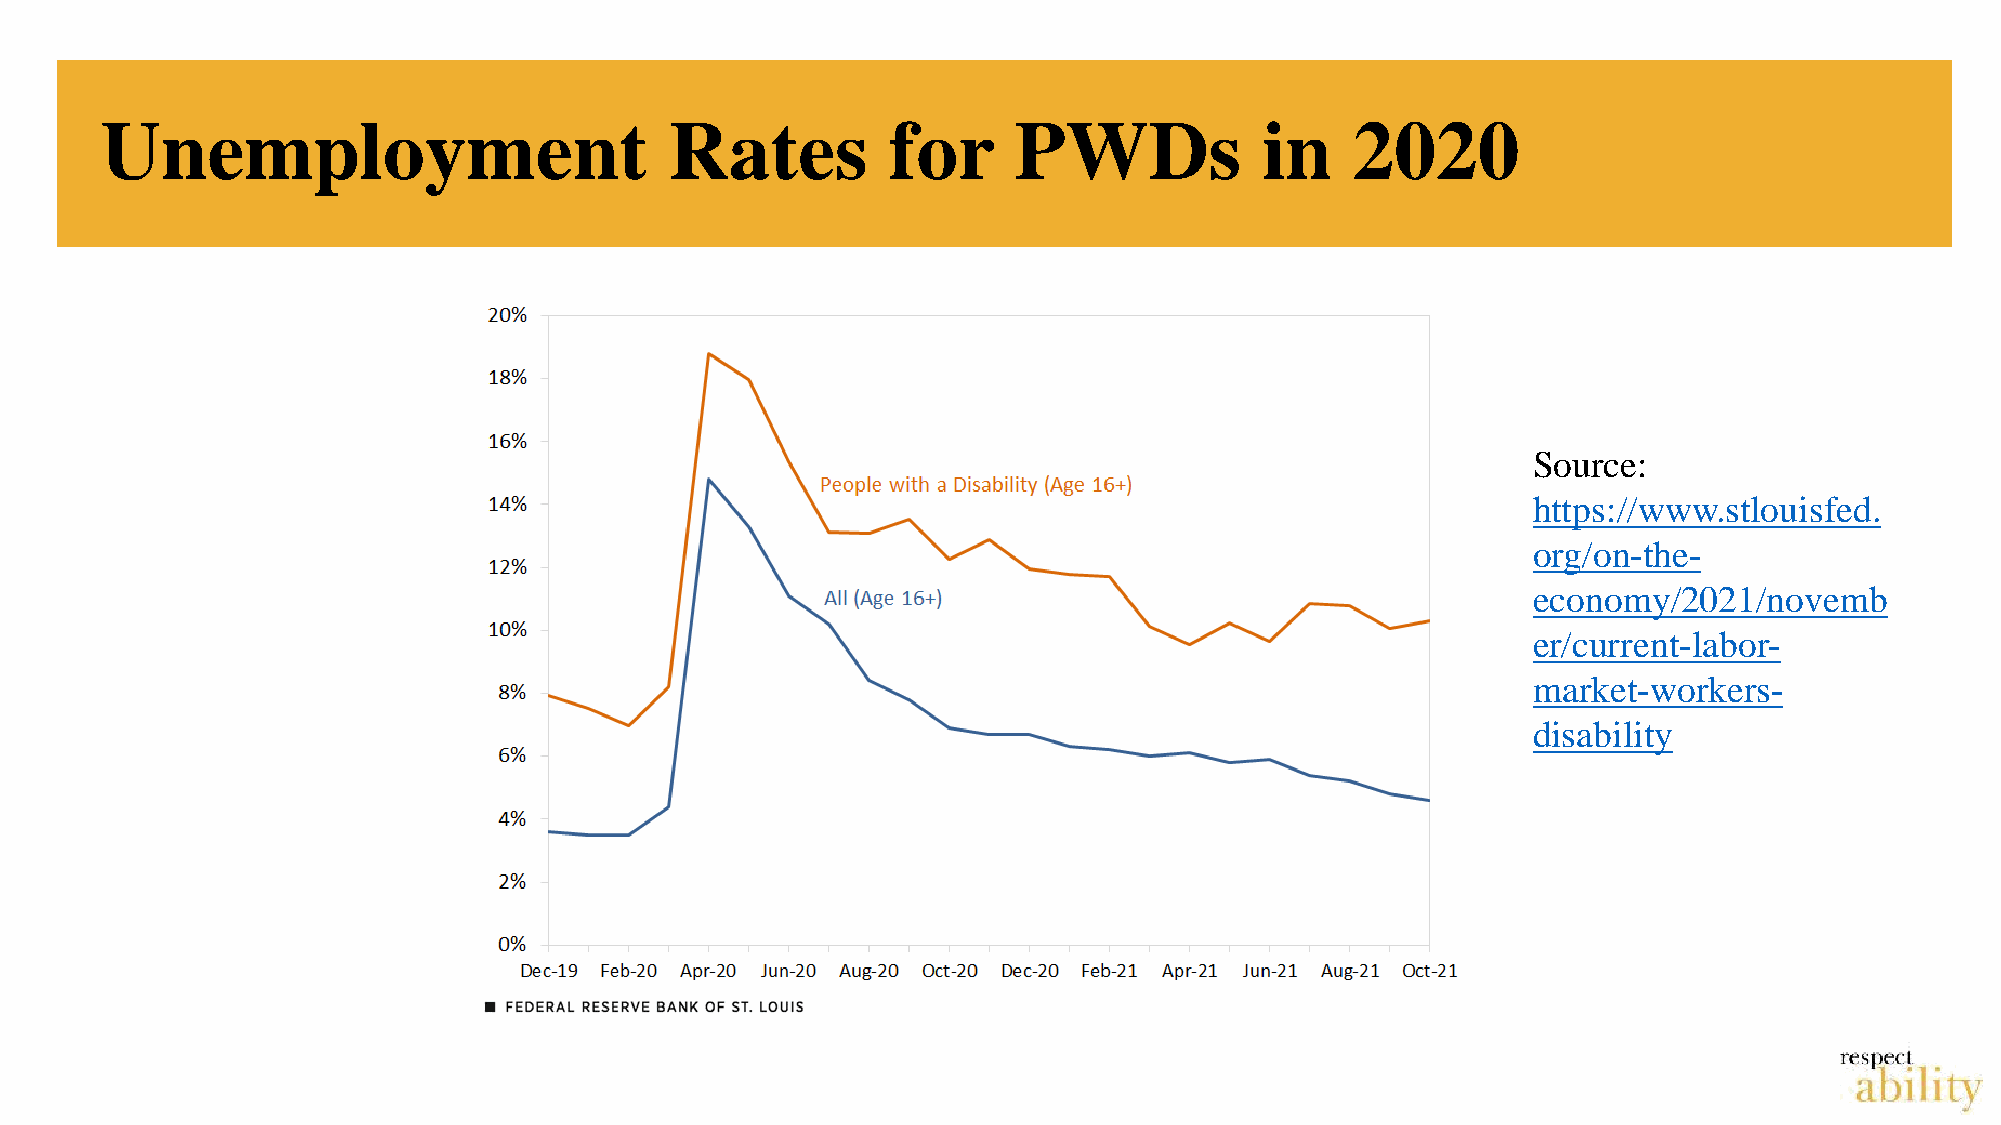
Unemployment                         Rates          for     PWDs             in    2020
 Source:
 https://www.stlouisfed.
 org/on-the-
 economy/2021/novemb
 er/current-labor-
 market-workers-
 disability